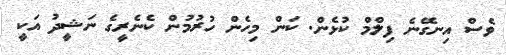
ވެސް އިނގޭނެ ފިލްމް ކުޅެން. ކަން މިހެން ހުރުމުން ކެނެރީގެ ނަޝީދު އަކީ